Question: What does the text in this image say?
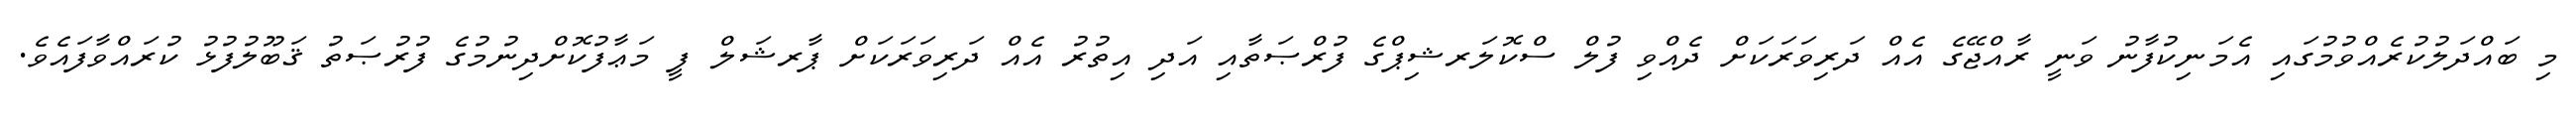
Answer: މި ބައްދަލުކުރެއްވުމުގައި އެމަނިކުފާނު ވަނީ ރާއްޖޭގެ އެއް ދަރިވަރަކަށް ދެއްވި ފުލް ސްކޮލަރޝިޕްގެ ފުރްޞަތާއި އަދި އިތުރު އެއް ދަރިވަރަކަށް ޕާރޝަލް ފީ މަޢާފުކޮށްދިނުމުގެ ފުރުޞަތު ޤަބޫލުފުޅު ކުރައްވާފައެވެ.